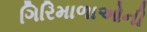
ગિરિમાળાઓની